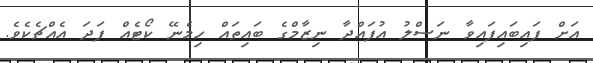
އަށް ފައިބައިފައިވާ ނަސްލު އުފައްދާ ނިޒާމްގެ ބައިތައް ހިމެނޭ ކޯޓެއް ފަދަ އެއްޗެކެވެ.